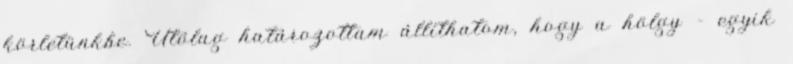
körletünkbe. Utólag határozottam állíthatom, hogy a hölgy – egyik